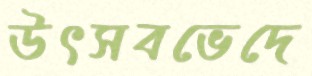
উৎসবভেদে